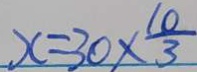
x = 3 0 \times \frac { 1 0 } { 3 }